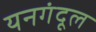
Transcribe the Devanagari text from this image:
यनगंदूल